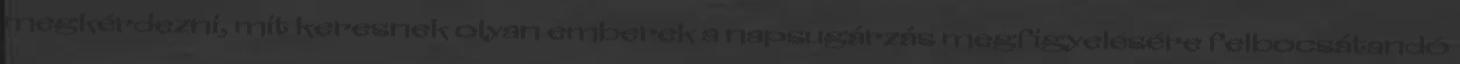
megkérdezni, mit keresnek olyan emberek a napsugárzás megfigyelésére felbocsátandó